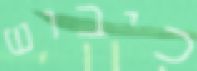
כיבוש